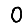
Digit: 0